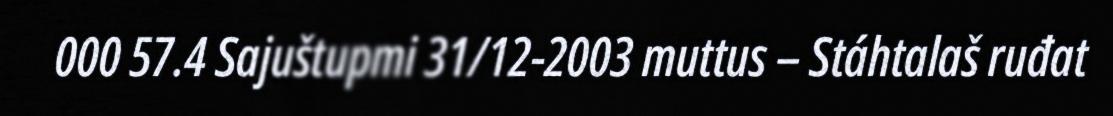
000 57.4 Sajuštupmi 31/12-2003 muttus – Stáhtalaš ruđat